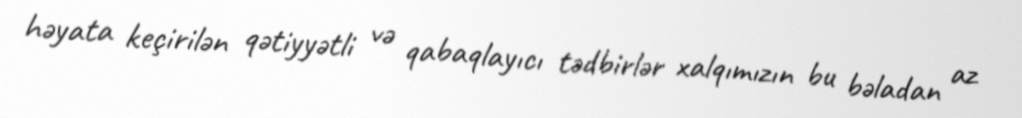
həyata keçirilən qətiyyətli və qabaqlayıcı tədbirlər xalqımızın bu bəladan az